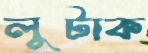
লুটাক